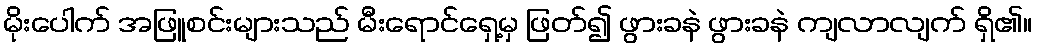
မိုးပေါက် အဖြူစင်းများသည် မီးရောင်ရှေ့မှ ဖြတ်၍ ဖွားခနဲ ဖွားခနဲ ကျလာလျက် ရှိ၏။